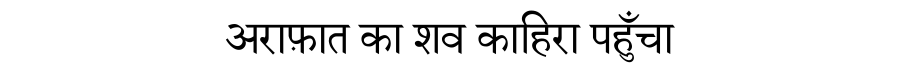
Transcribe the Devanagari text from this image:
अराफ़ात का शव काहिरा पहुँचा